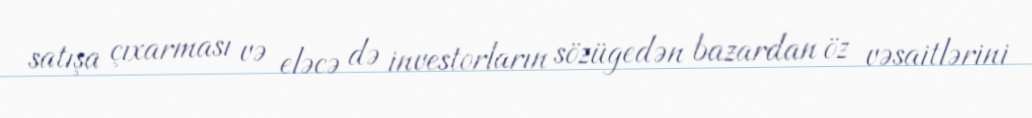
satışa çıxarması və eləcə də investorların sözügedən bazardan öz vəsaitlərini